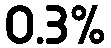
0.3%